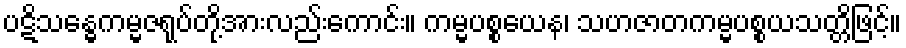
ပဋိသန္ဓေကမ္မဇရုပ်တို့အားလည်းကောင်း။ ကမ္မပစ္စယေန၊ သဟဇာတကမ္မပစ္စယသတ္တိဖြင့်။